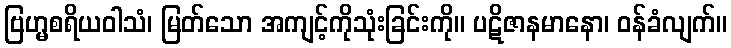
ဗြဟ္မစရိယဝါသံ၊ မြတ်သော အကျင့်ကိုသုံးခြင်းကို။ ပဋိဇာနမာနော၊ ဝန်ခံလျက်။